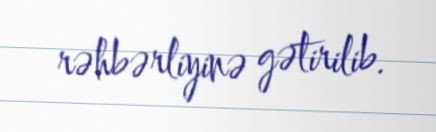
rəhbərliyinə gətirilib.